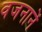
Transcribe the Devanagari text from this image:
वजनानें